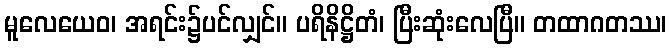
မူလေယေဝ၊ အရင်း၌ပင်လျှင်။ ပရိနိဋ္ဌိတံ၊ ပြီးဆုံးလေပြီ။ တထာဂတဿ၊